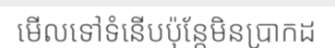
មើលទៅទំនើបប៉ុន្តែមិនប្រាកដ